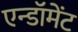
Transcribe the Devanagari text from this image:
एन्‍डॉमेंट